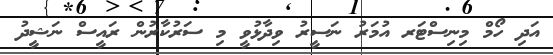
އަދި ހޯމް މިނިސްޓަރ އުމަރު ނަސީރު ވިދާޅުވީ މި ސަރުކާރުން ރައީސް ނަޝީދު